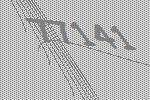
77141